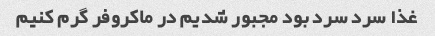
غذا سرد سرد بود مجبور شدیم در ماکروفر گرم کنیم